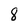
Character: 8